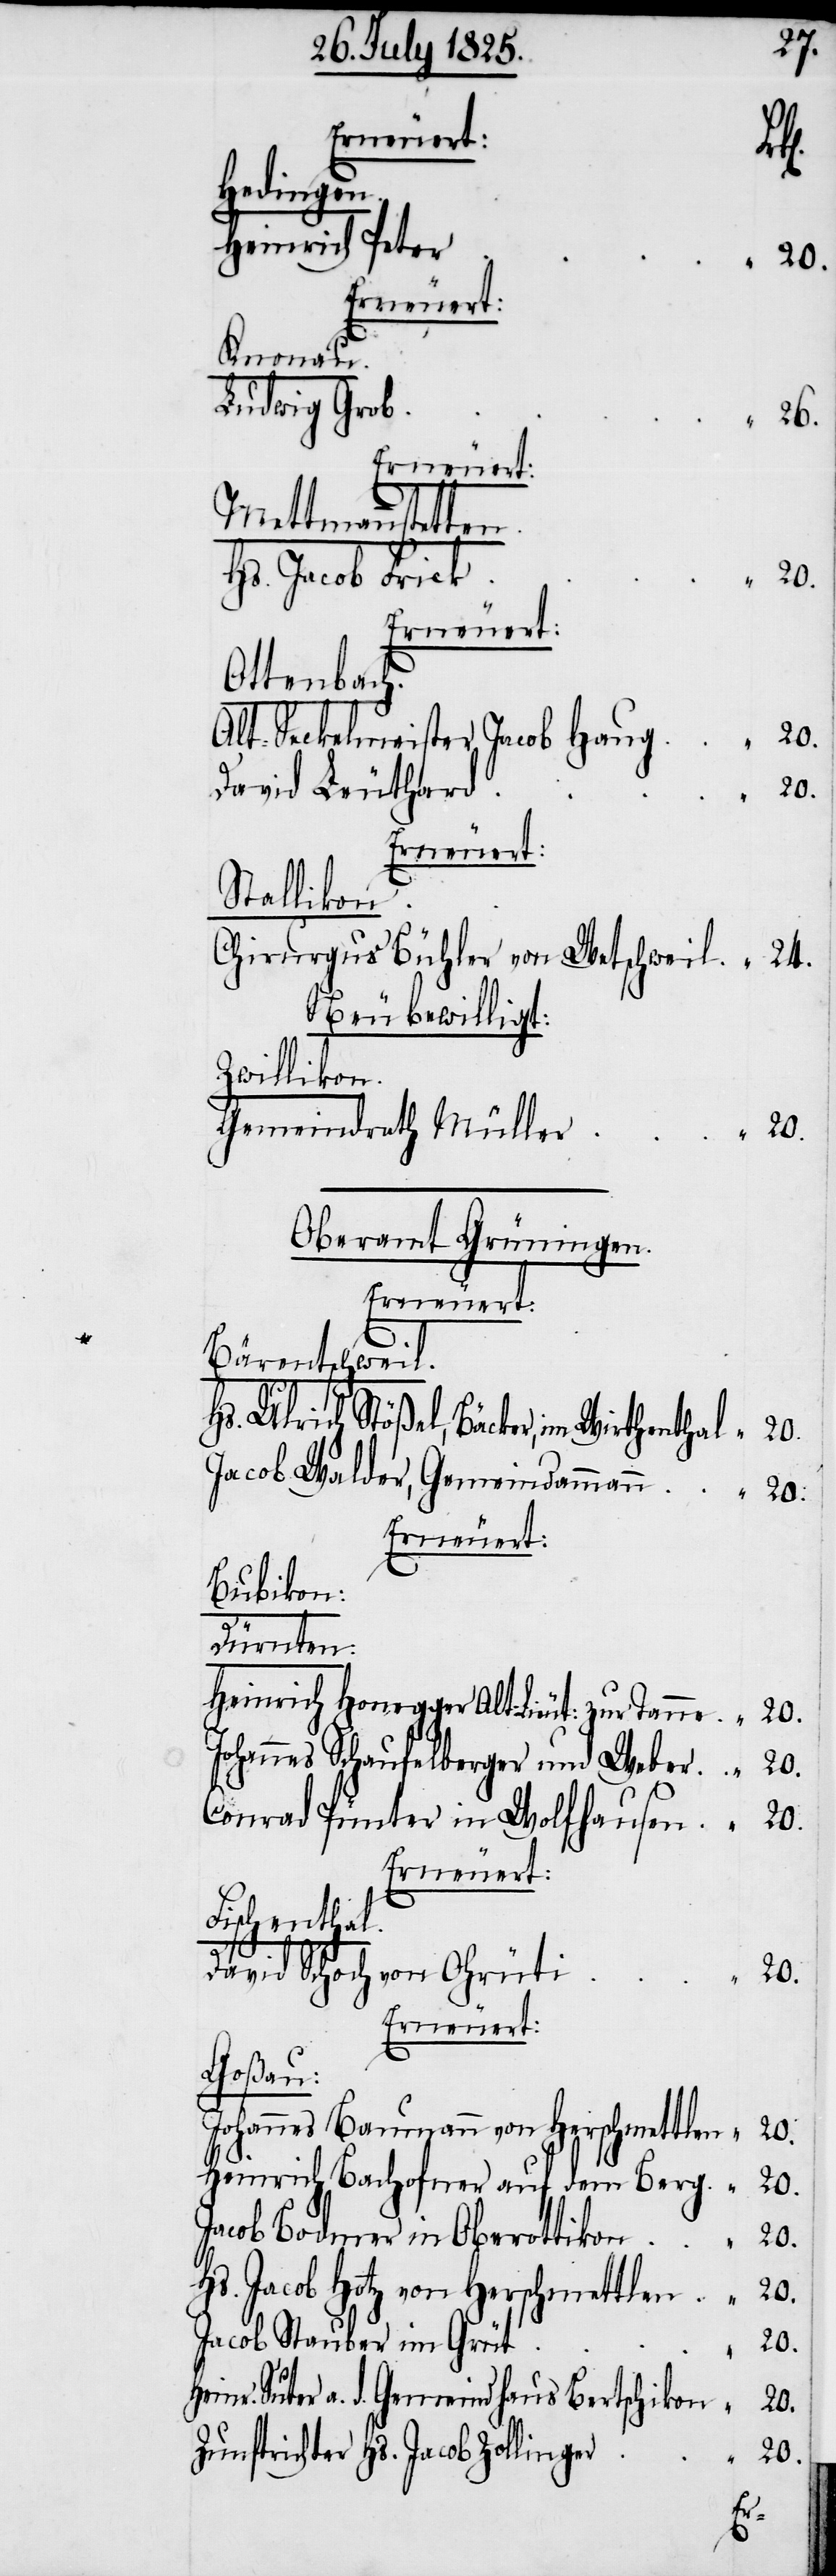
Erneuert:
Hedingen.
Knonau.
Erneuert:
Mettmannstetten.
Erneuert:
Ottenbach.
Alt-Seckelmeister Jacob Hau¬
Erneuert:
Stallikon.
Chirurgus Bühle von Wetschweil	“	24.
Neu bewilligt:
Zwillikon.
Gemeindrath Mülle¬
Oberamt Grüningen.
Bärentschweil.
Hs. Ulrich Stößel, Bäcker, im Wirthenthal	“	20.
Jacob Walder, Gemeindamman¬
n	“	20.
Erneuert:
Bubikon:
Hs.
Dürnten:
Heinrich Honegger Alt-Lieut: zur Tanne	“	20.
Johannes Schaufelberger und Weber	“	20.
Conrad Pünter in Wolfhausen	“	20.
Erneuert:
Fischenthal.
David Schoch von Ohrüt¬
r	“	20.
Erneuert:
Goßau.
Johannes Baumann von Herschmettlen	“	20.
Heinrich Bachofner auf dem Berg	“	20.
Jacob Bodmer in Oberottikon	“	20.
Hs. Jacob Hotz von Herschmettlen	“	20.
Jacob Stauber im Geu¬
Suter a. d. Gemeindhaus Bertschiko¬
Zunftrichter Hs. Jacob Zollinge¬